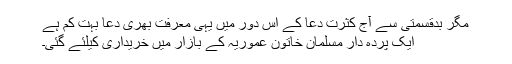
مگر بدقسمتی سے آج کثرت دعا کے اس دور میں یہی معرفت بھری دعا بہت کم ہے
ایک پردہ دار مسلمان خاتون عموریہ کے بازار میں خریداری کیلئے گئی۔